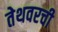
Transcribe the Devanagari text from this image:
तेथवरची